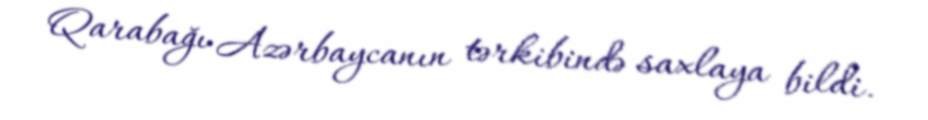
Qarabağı Azərbaycanın tərkibində saxlaya bildi.